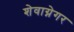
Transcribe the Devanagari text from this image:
शेवाग्नेगर